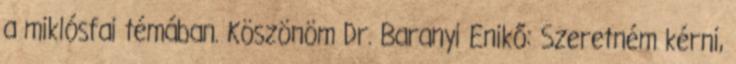
a miklósfai témában. Köszönöm Dr. Baranyi Enikő: Szeretném kérni,